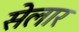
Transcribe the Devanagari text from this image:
सेलार